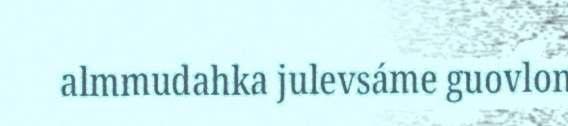
almmudahka julevsáme guovlon